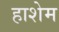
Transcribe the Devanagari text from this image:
हाशेम